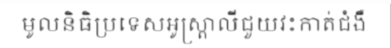
មូលនិធិប្រទេសអូស្ត្រាលីជួយវះកាត់ជំងឺ